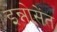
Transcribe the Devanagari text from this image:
इन्नोसेंत